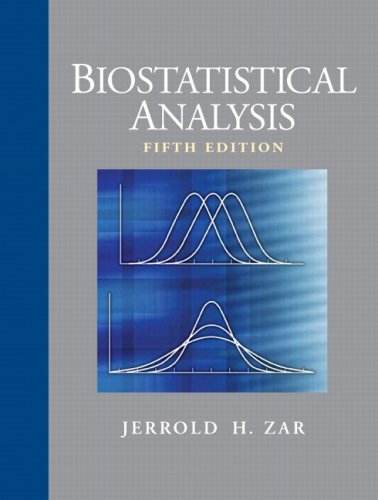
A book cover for Biostatistical Analysis (5th Edition); Jerrold H. Zar; Medical Books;